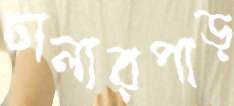
ঢালারপাড়